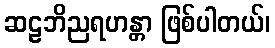
ဆဠဘိညရဟန္တာ ဖြစ်ပါတယ်၊